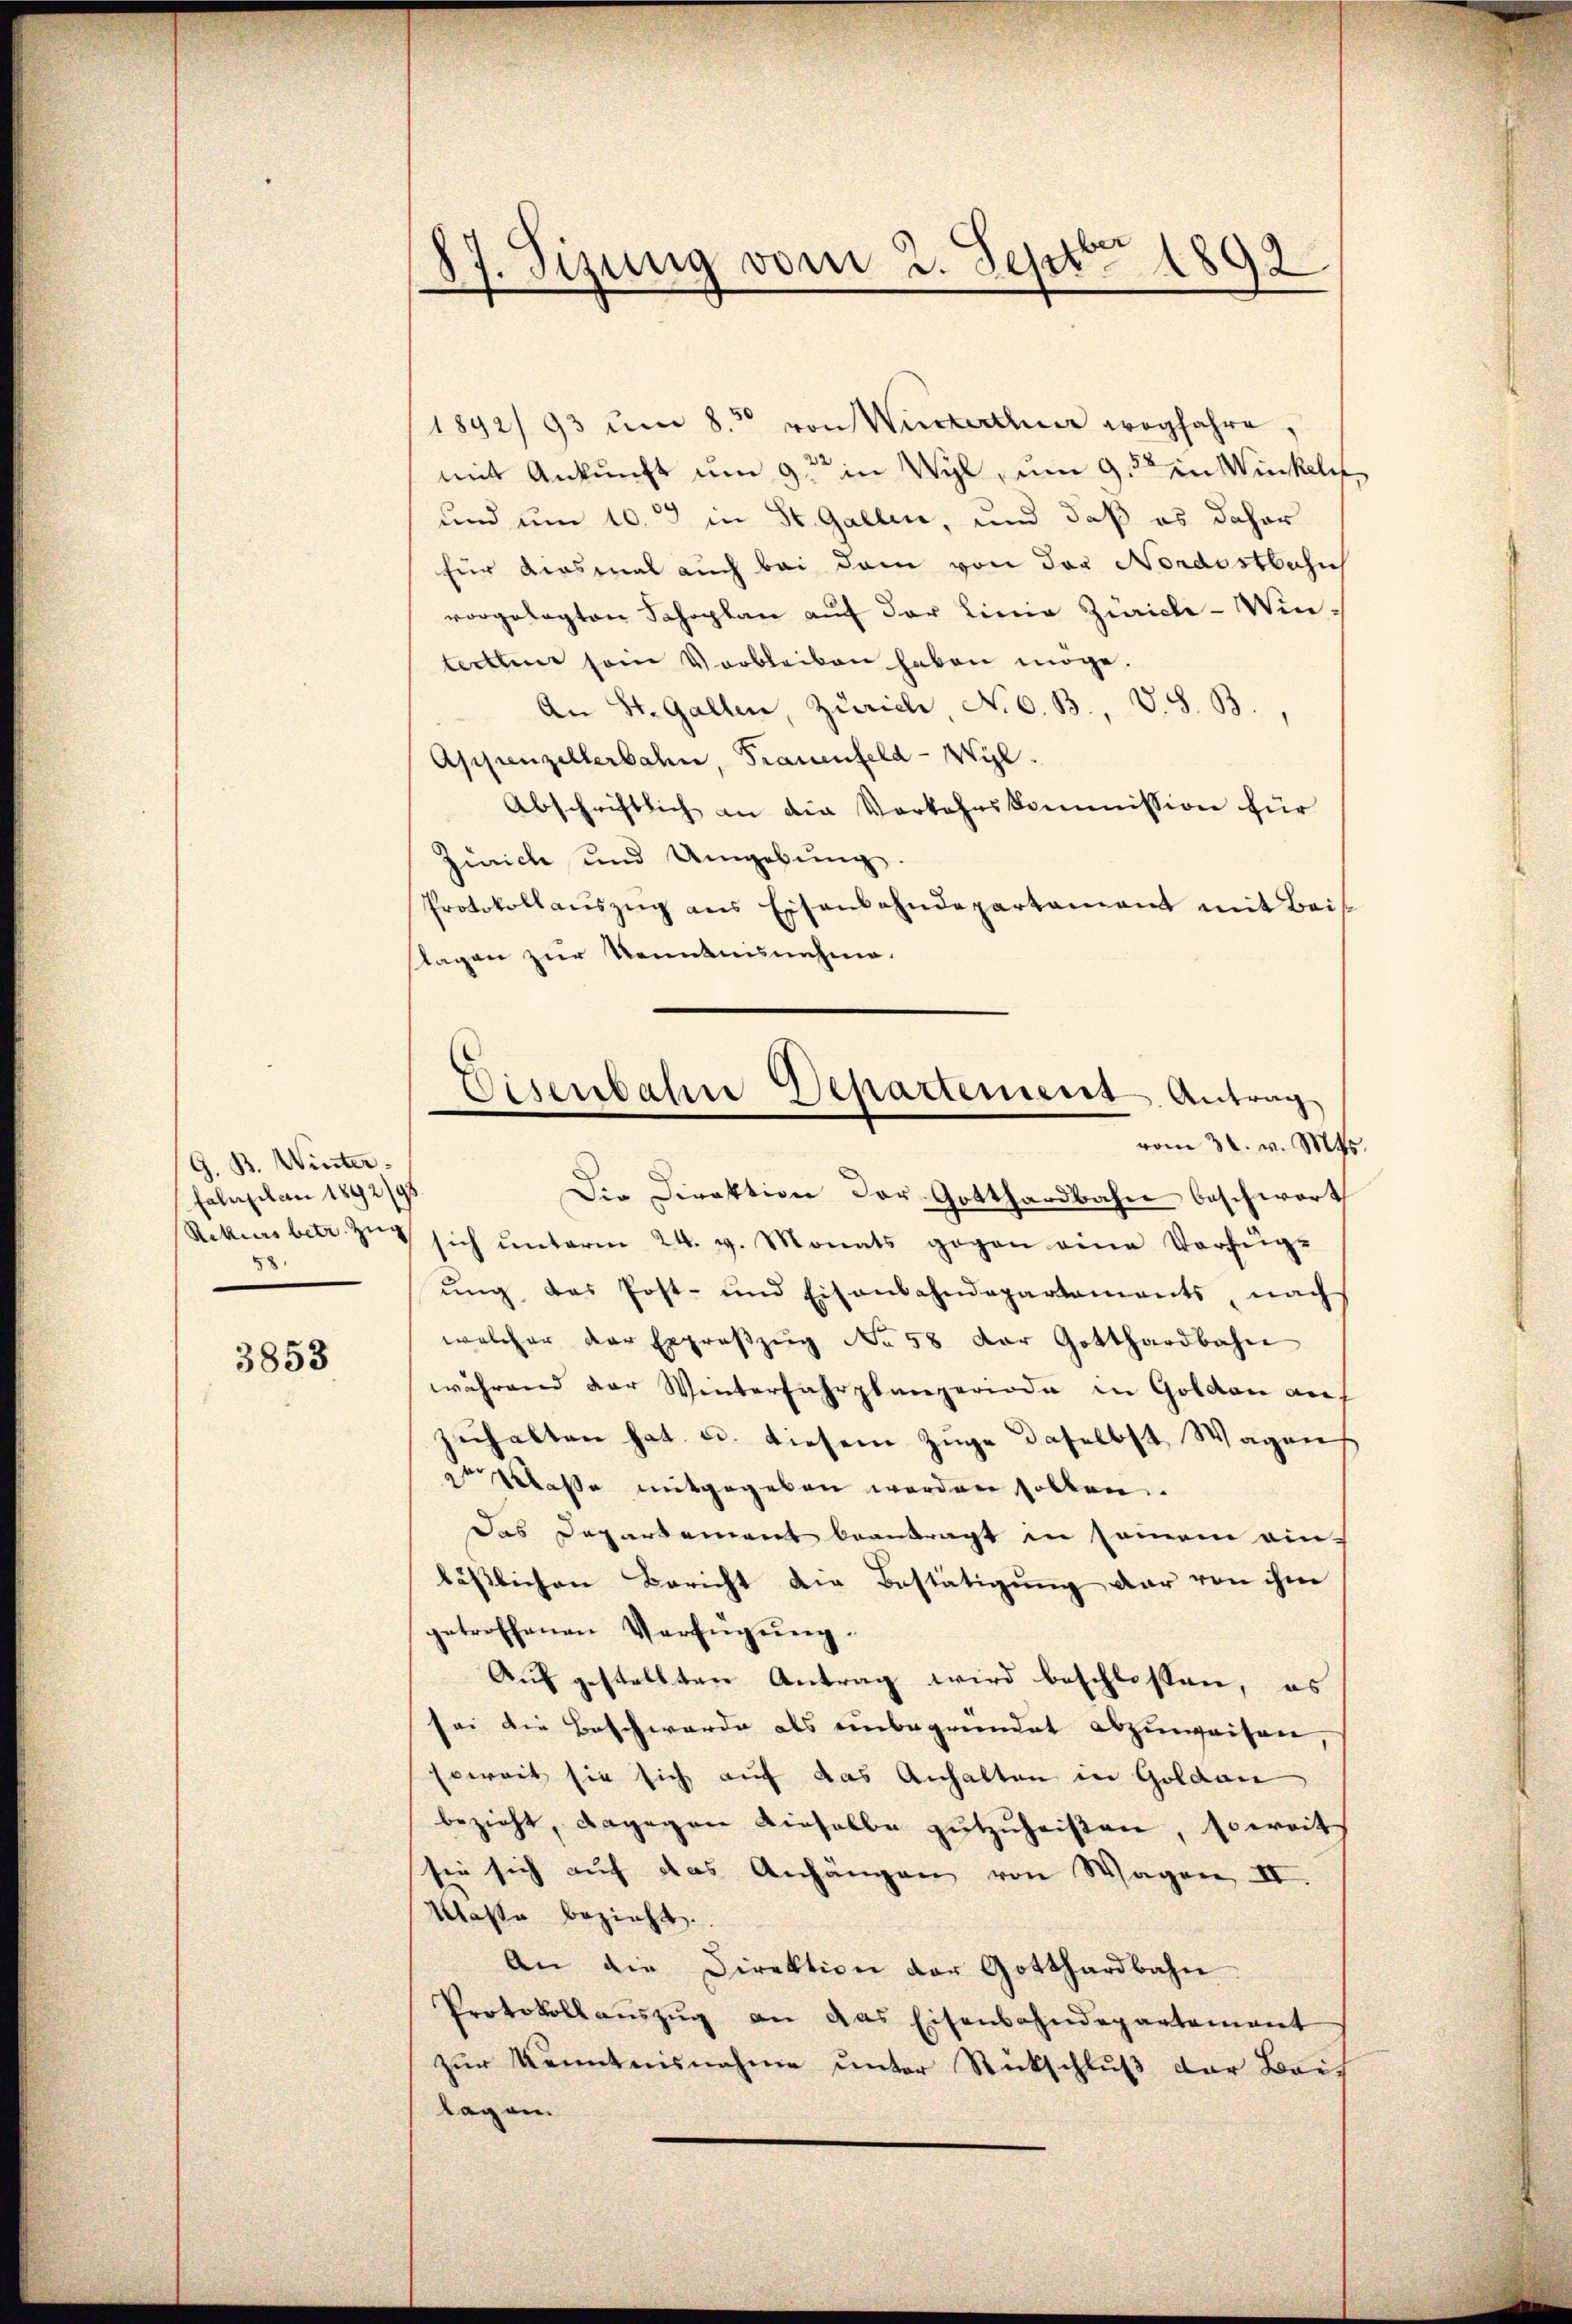
G. B. Winter¬
Faluplan 1892/9

3853

87. Sizung vom 2. Sept. 1892

1892/93 um 8.50 von Winterthur wegfahre,
mit Ankunft um 9 in Wyl, um 9. in Winkeln
und um 10. in St. Gallen, und daß es daher
für diesmal auch bei dem von der Nordostbahns
vorgelegten Jahoplan aŭf der Linie Zürich Winterthur sein Verbleiben haben möge.
An St. Gallen, Zürich, No 6. B., V. S. B.
Appenzellerbahn, Frauenfeld-Wyl.
Abschriftlich an die Vorkehrskommission für
Zürich und Umgebung.
Protokollaŭszŭg ans Eisenbahndepartament mit Beis
slagen zur Kenntnisnehme.
Die Direktion der Gotthardbahn beschwort
Rekursbetr. Zug sich ŭnterm 24. v. Monats gegen eine Verfüg-
ŭng des Post- und Eisenbahndepartements, nach
welcher der Ergroszug No 58 der Gotthardbahn
während der Winterfahrplanzeriode in Golden auf
zuhalten hat, u. diesem Zuge daselbst Wagen
2t Masse mitgegeben werden sollen.
Das Departement beantragt in seinem ein-
lässlichen Bericht die Bestätigung der von ihm
getroffenen Verfügung.
Auf gestellten Antrag wird beschlossen, es
sei die Beschwerde als einbegründet abzuweisen
soweit sie sich auf das Anhalten in Goldau
bezieht, dagegen dieselbe zŭtzuheißen, soweit
sie sich auf das Anhängen von Wagen II.
Kasse bezieht.
An die Direktion der Gotthardbahn
Protokollauszug an das Eisenbahndepartement
zur Kenntnisnahme unter Rückschluß der Beis
lag an

Eisenbahne Departement Antrag
vom 30. v. M.